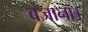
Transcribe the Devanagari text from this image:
बजाना।